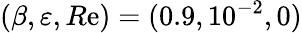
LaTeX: (\beta,\varepsilon,R\mathrm{e})=(0.9,10^{-2},0)